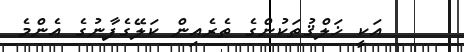
އަކީ ޚަލްޤުތަކުންގެ ތެރެއިން ކަލޭގެފާނުގެ އެންމެ